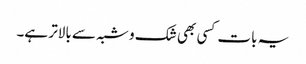
یہ بات کسی بھی شک و شبہ سے بالاتر ہے۔